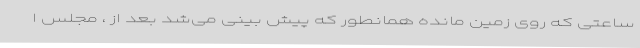
ساعتی که روی زمین مانده همانطور که پیش بینی می‌شد بعد از ، مجلس ا